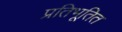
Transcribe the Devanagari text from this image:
प्रतिभूतित